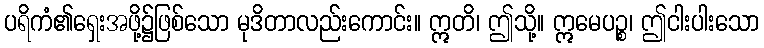
ပရိကံ၏ရှေးအဖို့၌ဖြစ်သော မုဒိတာလည်းကောင်း။ ဣတိ၊ ဤသို့။ ဣမေပဉ္စ၊ ဤငါးပါးသော